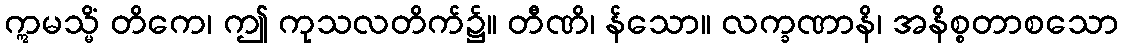
ဣမသ္မိံ တိကေ၊ ဤ ကုသလတိက်၌။ တီဏိ၊ န်သော။ လက္ခဏာနိ၊ အနိစ္စတာစသော